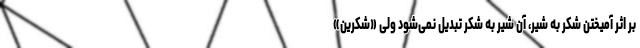
بر اثر آمیختن شکر به شیر، آن شیر به شکر تبدیل نمی‌شود ولی «شکرین»